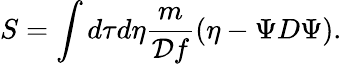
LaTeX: S=\int d\tau d\eta{\frac{m}{{\cal D}f}}(\eta-\Psi{D}\Psi).